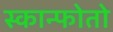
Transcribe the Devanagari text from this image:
स्कान्फोतो